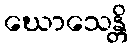
ဃောသေန္တိ